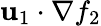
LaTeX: \mathbf{u}_{1}\cdot\nabla f_{2}